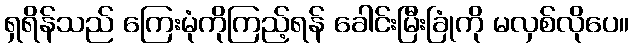
ရှရိန်သည် ကြေးမုံကိုကြည့်ရန် ခေါင်းမြီးခြုံကို မလှစ်လိုပေ။